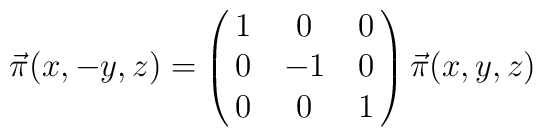
\vec \pi(x,-y,z) = \left(\matrix{1&0&0\cr        0&-1&0\cr        0&0&1\cr}\right) \vec \pi(x,y,z)